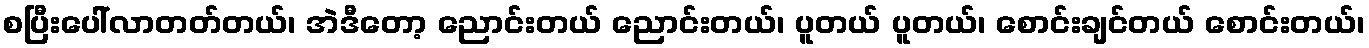
စပြီးပေါ်လာတတ်တယ်၊ အဲဒီတော့ ညောင်းတယ် ညောင်းတယ်၊ ပူတယ် ပူတယ်၊ စောင်းချင်တယ် စောင်းတယ်၊